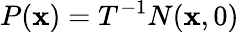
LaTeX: P(\mathbf{x})=T^{-1}N(\mathbf{x},0)